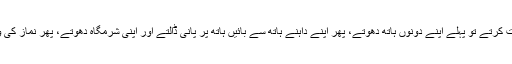
رسول اللہ ﷺ جب غسل جنابت کرتے تو پہلے اپنے دونوں ہاتھ دھوتے، پھر اپنے داہنے ہاتھ سے بائیں ہاتھ پر پانی ڈالتے اور اپنی شرمگاہ دھوتے، پھر نماز کی وضو کی طرح وضو کرتے۔